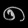
Digit: ၈